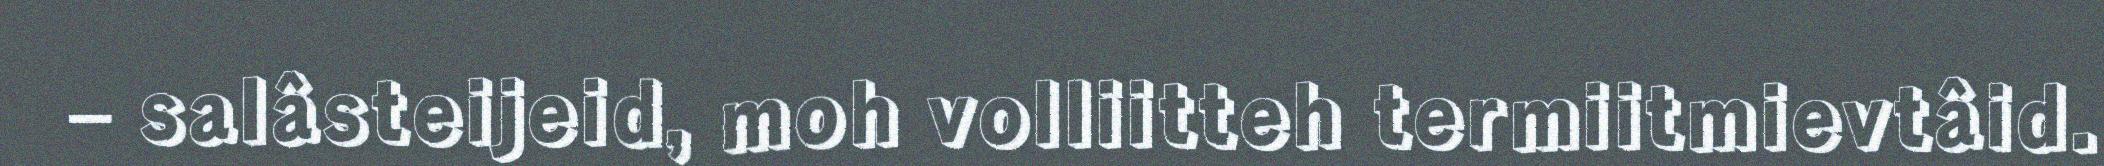
– salâsteijeid, moh volliitteh termiitmievtâid.